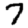
Digit: 7